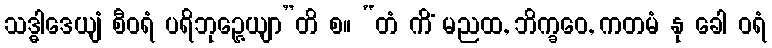
သဒ္ဓါဒေယျံ စီဝရံ ပရိဘုဉ္ဇေယျာ”တိ စ။ “တံ ကိံ မညထ, ဘိက္ခဝေ, ကတမံ နု ခေါ ဝရံ